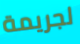
لجريمة